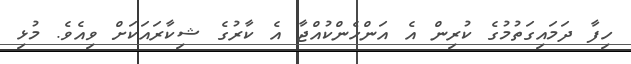
ހިފާ ދަމައިގަތުމުގެ ކުރިން އެ އަންހެންކުއްޖާ އެ ކާރުގެ ޝިކާރައަކަށް ވިއެވެ. މުޅި